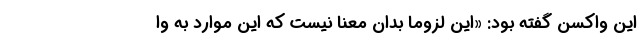
این واکسن گفته بود: «این لزوماً بدان معنا نیست که این موارد به وا